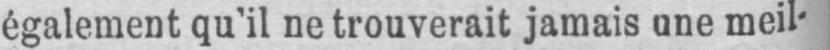
également qu’il ne trouverait jamais une meil-